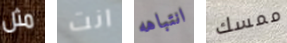
مثل انت انتباهه ممسك